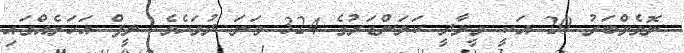
ނޮވެމްބަރު 20 އަކީ މީލާދީ ކަލަންޑަރުގެ 324 ވަނަ ދުވަހެވެ. ލީޕް އަހަރެއްގައި